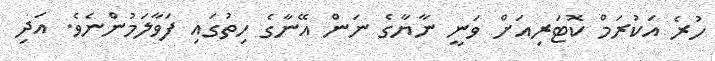
ހުރެ އަކުރަމް ކޮޓަރިއަށް ވަނީ ނާޔާގެ ނަން އޭނާގެ ހިތުގައި ފަވާލަމުންނެވެ. އަދި